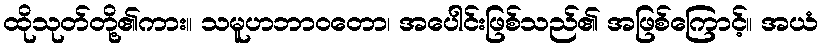
ထိုသုတ်တို့၏ကား။ သမူဟဘာဝတော၊ အပေါင်းဖြစ်သည်၏ အဖြစ်ကြောင့်။ အယံ